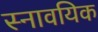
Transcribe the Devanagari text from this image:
स्नावयिक